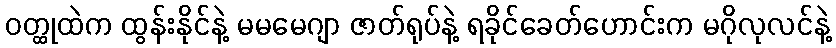
ဝတ္ထုထဲက ထွန်းနိုင်နဲ့ မမမေဂျာ ဇာတ်ရုပ်နဲ့ ရခိုင်ခေတ်ဟောင်းက မဂိုလုလင်နဲ့